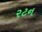
રટન